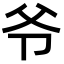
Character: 爷